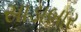
સાડાબાર